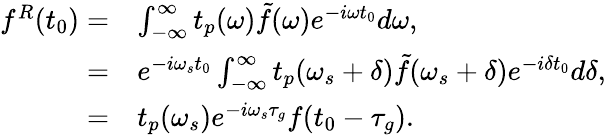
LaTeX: \begin{array}{rl}{f^{R}(t_{0})=}&{\int_{-\infty}^{\infty}t_{p}(\omega)\tilde{f}(\omega)e^{-i\omega t_{0}}d\omega,}\\ {=}&{e^{-i\omega_{s}t_{0}}\int_{-\infty}^{\infty}t_{p}(\omega_{s}+\delta)\tilde{f}(\omega_{s}+\delta)e^{-i\delta t_{0}}d\delta,}\\ {=}&{t_{p}(\omega_{s})e^{-i\omega_{s}\tau_{g}}f(t_{0}-\tau_{g}).}\end{array}